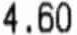
4.60